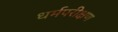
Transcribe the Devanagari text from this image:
धर्मपरीक्षण